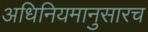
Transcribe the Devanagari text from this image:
अधिनियमानुसारच